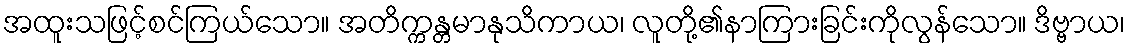
အထူးသဖြင့်စင်ကြယ်သော။ အတိက္ကန္တမာနုသိကာယ၊ လူတို့၏နာကြားခြင်းကိုလွန်သော။ ဒိဗ္ဗာယ၊